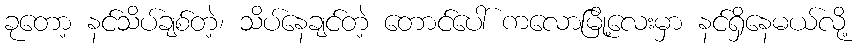
ခုတော့ နင်သိပ်ချစ်တဲ့၊ သိပ်နေချင်တဲ့ တောင်ပေါ် ကလောမြို့လေးမှာ နင်ရှိနေမယ်လို့